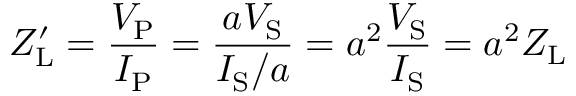
Z _ { \mathrm { L } } ^ { \prime } = { \frac { V _ { \mathrm { P } } } { I _ { \mathrm { P } } } } = { \frac { a V _ { \mathrm { S } } } { I _ { \mathrm { S } } / a } } = a ^ { 2 } { \frac { V _ { \mathrm { S } } } { I _ { \mathrm { S } } } } = a ^ { 2 } { Z _ { \mathrm { L } } }